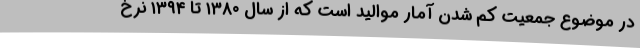
در موضوع جمعیت کم شدن آمار موالید است که از سال ۱۳۸۰ تا ۱۳۹۴ نرخ